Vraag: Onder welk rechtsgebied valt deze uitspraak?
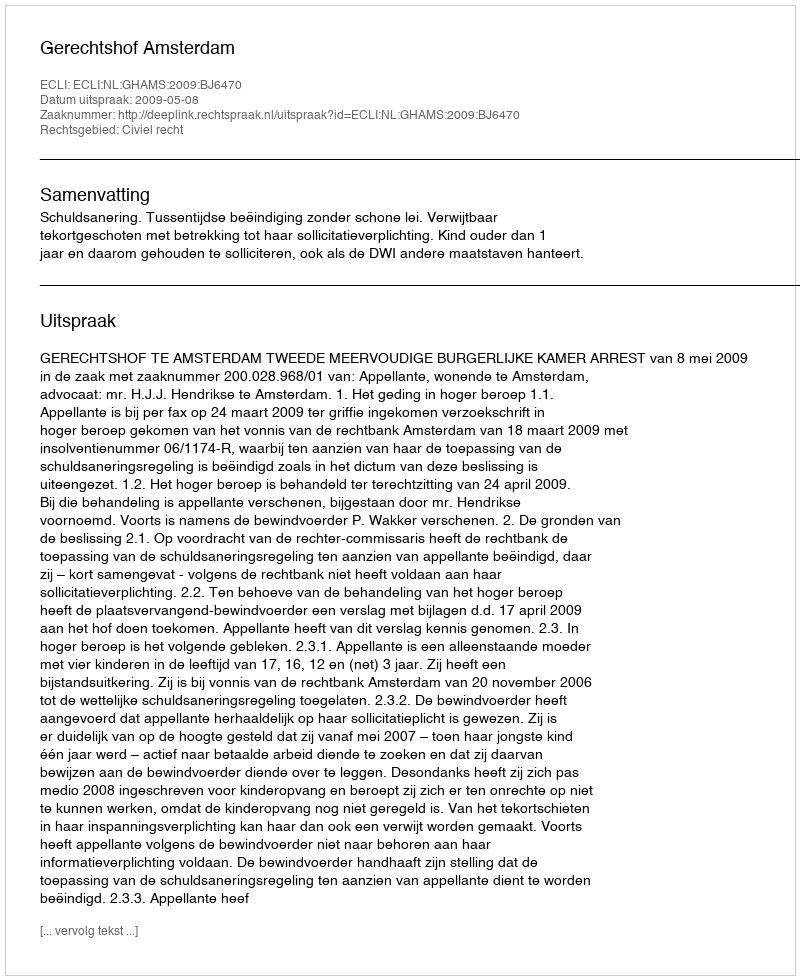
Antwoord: Civiel recht